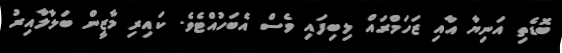
ބޮޑެތި އަނިޔާ އާއި ޒަހަމްރައް ލިބިފައި ވެސް އެބަހުއްޓެވެ. ކައިރި މާޒީން ބަލާލާއިރު